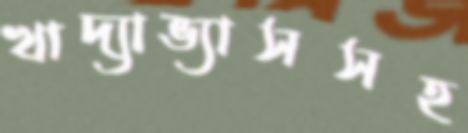
খাদ্যাভ্যাসসহ